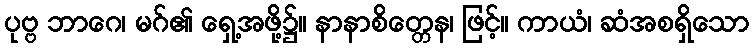
ပုဗ္ဗ ဘာဂေ၊ မဂ်၏ ရှေ့အဖို့၌။ နာနာစိတ္တေန၊ ဖြင့်။ ကာယံ၊ ဆံအစရှိသော